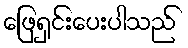
ဖြေရှင်းပေးပါသည်